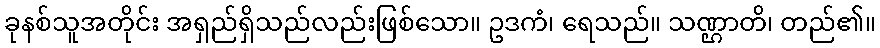
ခုနစ်သူအတိုင်း အရှည်ရှိသည်လည်းဖြစ်သော။ ဥဒကံ၊ ရေသည်။ သဏ္ဌာတိ၊ တည်၏။